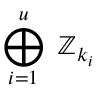
\bigoplus _ { i = 1 } ^ { u } \ \mathbb { Z } _ { k _ { i } }